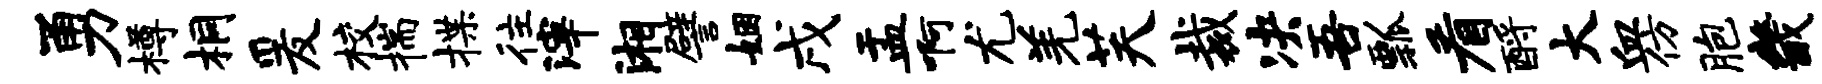
勇樽桐爰校揣揲往滓湘譬姻戌盂啊尤羌芙裁决吾瓢看酹大血仿胞畿